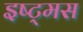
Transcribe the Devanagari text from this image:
इष्ट्मस